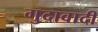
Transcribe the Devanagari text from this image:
गुदावादी